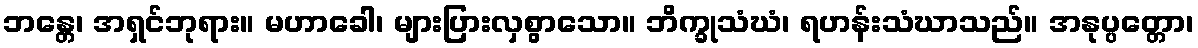
ဘန္တေ၊ အရှင်ဘုရား။ မဟာခေါ၊ များပြားလှစွာသော။ ဘိက္ခုသံဃံ၊ ရဟန်းသံဃာသည်။ အနုပ္ပတ္တော၊